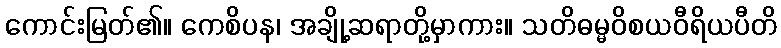
ကောင်းမြတ်၏။ ကေစိပန၊ အချို့ဆရာတို့မှာကား။ သတိဓမ္မဝိစယဝီရိယပီတိ